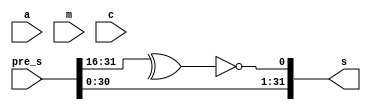
module random_generator 
#(
 parameter         DATA_LENGTH            = 32
)
(
 input  wire [DATA_LENGTH - 1 : 0]         a,
 input  wire [DATA_LENGTH - 1 : 0]         pre_s,
 input  wire [DATA_LENGTH - 1 : 0]         m,
 input  wire [DATA_LENGTH - 1 : 0]         c,
 
 output wire [DATA_LENGTH - 1 : 0]         s
);
wire         [DATA_LENGTH - 1 : 0]         temp_s;

//assign                                     temp_s = (a ^ ((a << pre_s[DATA_LENGTH - 1 : DATA_LENGTH - 3]) + c));
assign                                     s      = {pre_s[DATA_LENGTH - 2 : 0], !(^pre_s[DATA_LENGTH - 1 : DATA_LENGTH/2])};   
//assign                                    s = (a * pre_s + c) % m;

endmodule